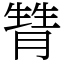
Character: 甧